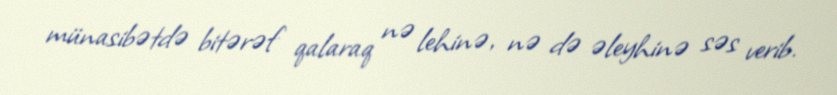
münasibətdə bitərəf qalaraq nə lehinə, nə də əleyhinə səs verib.